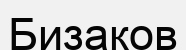
Бизаков